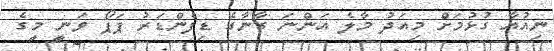
ނިއުއާ ގުޅުމަށް މިއަދު މާލެ އަންނަ ގާނާގެ ޑިފެންޑަރު ޕަޕޯ ވަނީ މީގެ